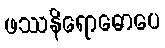
ဖဿနိရောဓောပေ